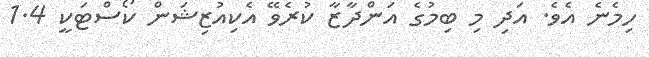
ހިމެނެ އެވެ. އަދި މި ބިމުގެ އަންދާޒާ ކުރެވޭ އެކިއުޒިޝަން ކޯސްޓަކީ 1.4